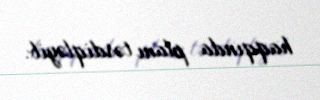
haqqında planı təsdiqləyib.